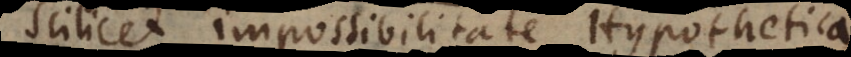
scilicet impossibilitate Hypothetica,